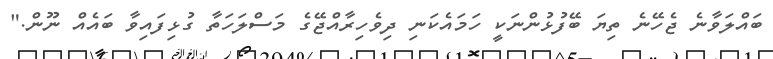
ބައްލަވާނެ ޖެހޭނެ ތިޔަ ބޭފުޅުންނަކީ ހަމައެކަނިި ދިވެހިރާއްޖޭގެ މަސްލަހަތާ ގުޅިފައިވާ ބައެއް ނޫން."